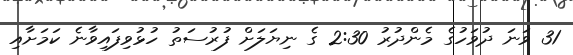
31 ވަނަ ދުވަހުގެ މެންދުރު 2:30 ގެ ނިޔަލަށް ފުރުސަތު ހުޅުވިފައިވާނެ ކަމަށާއި